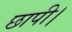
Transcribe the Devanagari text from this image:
छापी।